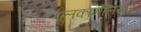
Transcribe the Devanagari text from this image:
एलकार्नेंलियस